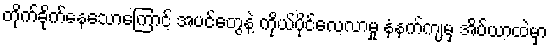
တိုက်ခိုက်နေသောကြောင့် အပင်တွေနဲ့ ကိုယ်ပိုင်လေ့လာမှု နံနက်ကျမှ အိပ်ယာထဲမှာ